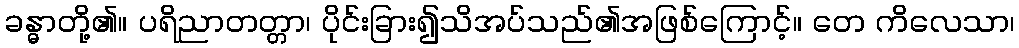
ခန္ဓာတို့၏။ ပရိညာတတ္တာ၊ ပိုင်းခြား၍သိအပ်သည်၏အဖြစ်ကြောင့်။ တေ ကိလေသာ၊